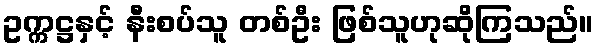
ဥက္ကဋ္ဌနှင့် နီးစပ်သူ တစ်ဦး ဖြစ်သူဟုဆိုကြသည်။